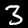
Digit: 3